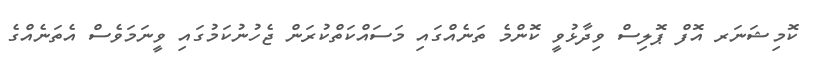
ކޮމިޝަނަރ އޮފް ޕޮލިސް ވިދާޅުވީ ކޮންމެ ތަނެއްގައި މަސައްކަތްކުރަން ޖެހުނުކަމުގައި ވީނަމަވެސް އެތަނެއްގެ